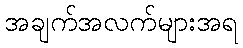
အချက်အလက်များအရ